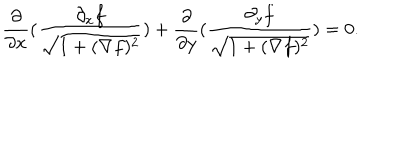
LaTeX: \frac { \partial } { \partial x } ( \frac { \partial _ { x } f } { \sqrt { 1 + ( \nabla f ) ^ { 2 } } } ) + \frac { \partial } { \partial y } ( \frac { \partial _ { y } f } { \sqrt { 1 + ( \nabla f ) ^ { 2 } } } ) = 0 .